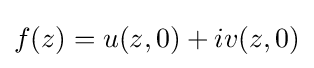
f(z)=u(z,0)+iv(z,0)